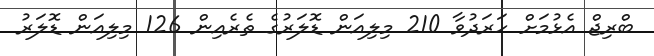
ބްރިޖް އެޅުމަށް ހަރަދުވާ 210 މިލިއަން ޑޮލަރުގެ ތެރެއިން 126 މިލިއަން ޑޮލަރު